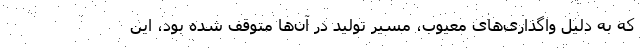
که به دلیل واگذاری‌های معیوب، مسیر تولید در آن‌ها متوقف شده بود، این